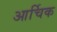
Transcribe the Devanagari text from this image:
आर्चिक